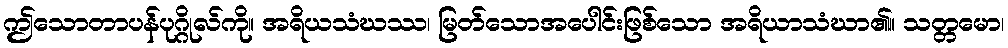
ဤသောတာပန်ပုဂ္ဂိုလ်ကို။ အရိယသံဃဿ၊ မြတ်သောအပေါင်းဖြစ်သော အရိယာသံဃာ၏။ သတ္တမော၊